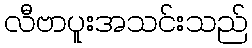
လီဗာပူးအသင်းသည်